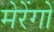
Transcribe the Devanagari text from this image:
मेरेंगो